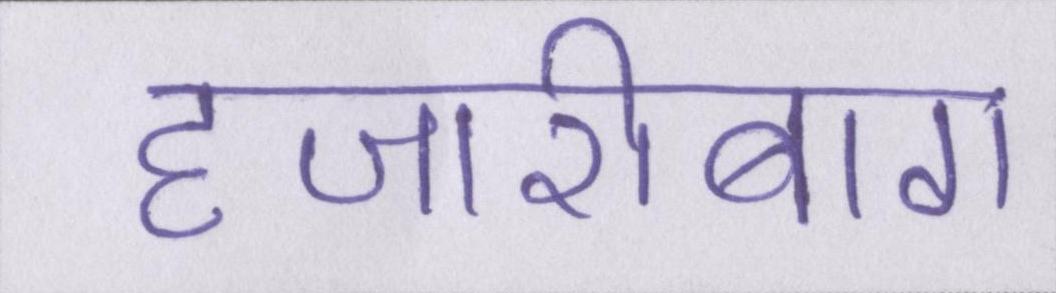
हजारीबाग